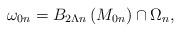
LaTeX: \begin{align*}\omega_{0n}=B_{2\Lambda{n}}\left(M_{0n}\right)\cap{\Omega_{n}},\end{align*}